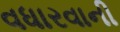
વધારવાની